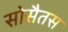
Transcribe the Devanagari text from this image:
सोसैतस